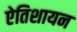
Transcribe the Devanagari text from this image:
ऐतिशायन